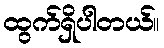
ထွက်ရှိပါတယ်။